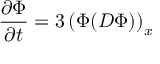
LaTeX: { \frac { \partial \Phi } { \partial t } } = 3 \left( \Phi ( D \Phi ) \right) _ { x }